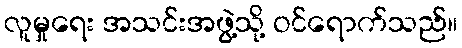
လူမှုရေး အသင်းအဖွဲ့သို့ ဝင်ရောက်သည်။